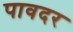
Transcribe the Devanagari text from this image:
पावदर